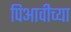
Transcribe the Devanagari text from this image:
पिआवीच्या